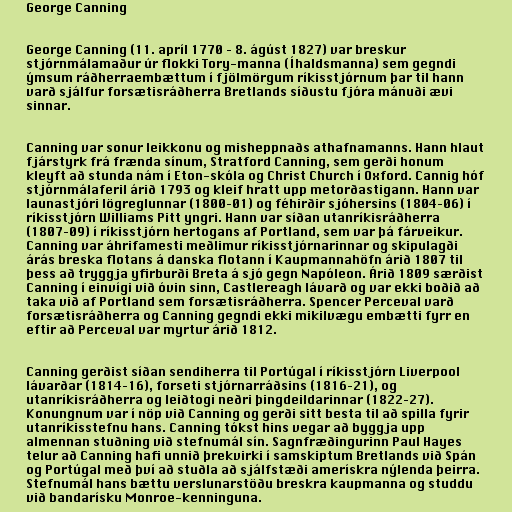
George Canning

George Canning (11. apríl 1770 – 8. ágúst 1827) var breskur
stjórnmálamaður úr flokki Tory-manna (Íhaldsmanna) sem gegndi
ýmsum ráðherraembættum í fjölmörgum ríkisstjórnum þar til hann
varð sjálfur forsætisráðherra Bretlands síðustu fjóra mánuði ævi
sinnar.

Canning var sonur leikkonu og misheppnaðs athafnamanns. Hann hlaut
fjárstyrk frá frænda sínum, Stratford Canning, sem gerði honum
kleyft að stunda nám í Eton-skóla og Christ Church í Oxford. Cannig hóf
stjórnmálaferil árið 1793 og kleif hratt upp metorðastigann. Hann var
launastjóri lögreglunnar (1800–01) og féhirðir sjóhersins (1804–06) í
ríkisstjórn Williams Pitt yngri. Hann var síðan utanríkisráðherra
(1807–09) í ríkisstjórn hertogans af Portland, sem var þá fárveikur.
Canning var áhrifamesti meðlimur ríkisstjórnarinnar og skipulagði
árás breska flotans á danska flotann í Kaupmannahöfn árið 1807 til
þess að tryggja yfirburði Breta á sjó gegn Napóleon. Árið 1809 særðist
Canning í einvígi við óvin sinn, Castlereagh lávarð og var ekki boðið að
taka við af Portland sem forsætisráðherra. Spencer Perceval varð
forsætisráðherra og Canning gegndi ekki mikilvægu embætti fyrr en
eftir að Perceval var myrtur árið 1812.

Canning gerðist síðan sendiherra til Portúgal í ríkisstjórn Liverpool
lávarðar (1814–16), forseti stjórnarráðsins (1816–21), og
utanríkisráðherra og leiðtogi neðri þingdeildarinnar (1822–27).
Konungnum var í nöp við Canning og gerði sitt besta til að spilla fyrir
utanríkisstefnu hans. Canning tókst hins vegar að byggja upp
almennan stuðning við stefnumál sín. Sagnfræðingurinn Paul Hayes
telur að Canning hafi unnið þrekvirki í samskiptum Bretlands við Spán
og Portúgal með því að stuðla að sjálfstæði amerískra nýlenda þeirra.
Stefnumál hans bættu verslunarstöðu breskra kaupmanna og studdu
við bandarísku Monroe-kenninguna.